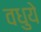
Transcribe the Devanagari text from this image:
वधुये